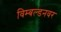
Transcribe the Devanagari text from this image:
विम्बल्डनवर